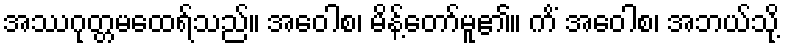
အဿဂုတ္တမထေရ်သည်။ အဝေါစ၊ မိန့်တော်မူ၏။ ကိံ အဝေါစ၊ အဘယ်သို့